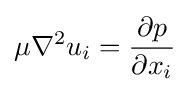
\mu \nabla ^{2}u_{i}={\frac {\partial p}{\partial x_{i}}}